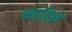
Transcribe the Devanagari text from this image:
स्वातिथे